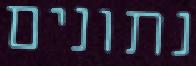
נתונים